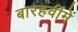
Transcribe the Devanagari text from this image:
बारहवींमें